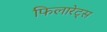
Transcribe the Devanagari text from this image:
फिलारेट्स